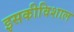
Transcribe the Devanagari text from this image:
इसकीविशाल